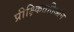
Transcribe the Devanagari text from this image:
प्रीक्ष्किततिओन